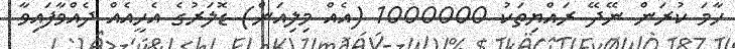
ހާމަ ކުރަން ނޭދޭ ރައްޔިތަކު 1000000 (އެއް މިލިއަން) ޑޮލަރުގެ އެހީއެއް ދެއްވާފައިވާ